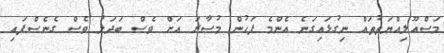
މަސްއޫލިއްޔަތުތައް ނިގުޅައިގަނެ އެންމެ ފަހުން މުސާރަ އަށް ވެސް ބަދަލު ވެސް ގެނެސްފައި